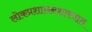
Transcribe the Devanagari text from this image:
लोकप्रशासनशास्त्रात